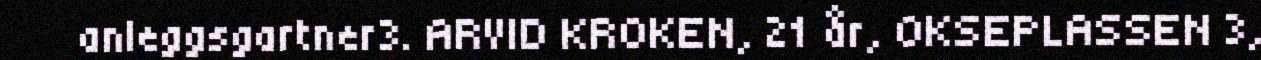
anleggsgartner3. ARVID KROKEN, 21 år, OKSEPLASSEN 3,